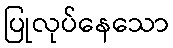
ပြုလုပ်နေသော